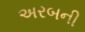
અરબની